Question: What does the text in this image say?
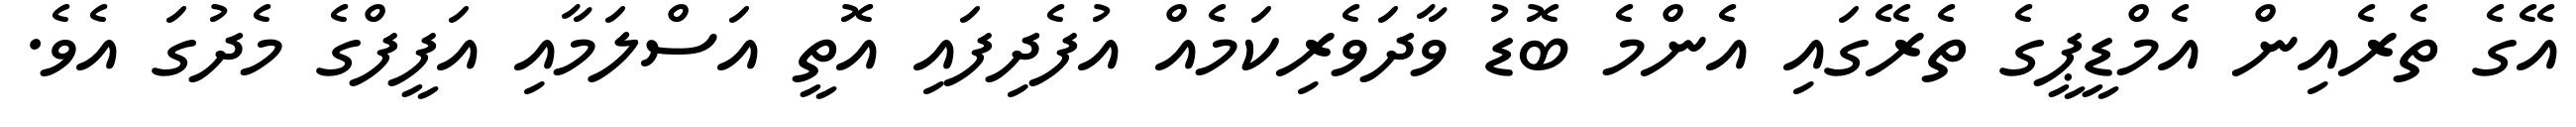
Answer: އޭގެ ތެރެއިން އެމްޑީޕީގެ ތެރޭގައި އެންމެ ބޮޑު ވާދަވެރިކަމެއް އުފެދިފައި އޮތީ އަސްލަމާއި އަފީފްގެ މެދުގަ އެވެ.